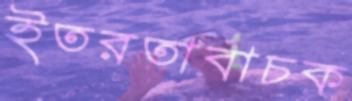
ইতরতাবাচক